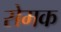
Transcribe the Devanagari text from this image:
सेमक